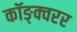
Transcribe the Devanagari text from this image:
कॉङ्क्वरर